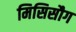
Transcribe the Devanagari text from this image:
मिसिसौग